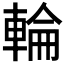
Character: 輪